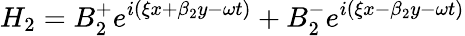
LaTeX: H_{2}=B_{2}^{+}e^{i(\xi x+\beta_{2}y-\omega t)}+B_{2}^{-}e^{i(\xi x-\beta_{2}y-\omega t)}